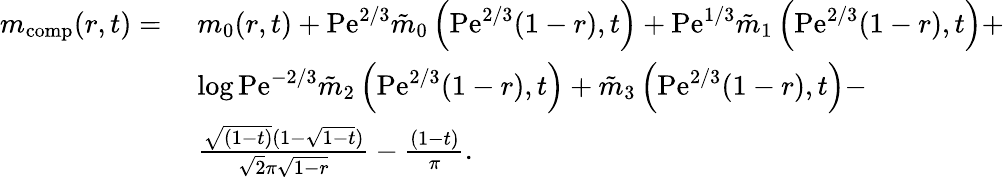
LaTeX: \begin{array}{rl}{m_{\mathrm{comp}}(r,t)=}&{\; m_{0}(r,t)+\mathrm{Pe}^{2/3}\tilde{m}_{0}\left(\mathrm{Pe}^{2/3}(1-r),t\right)+\mathrm{Pe}^{1/3}\tilde{m}_{1}\left(\mathrm{Pe}^{2/3}(1-r),t\right)+}\\ &{\; \log\mathrm{Pe}^{-2/3}\tilde{m}_{2}\left(\mathrm{Pe}^{2/3}(1-r),t\right)+\tilde{m}_{3}\left(\mathrm{Pe}^{2/3}(1-r),t\right)-}\\ &{\; \frac{\sqrt{(1-t)}(1-\sqrt{1-t})}{\sqrt{2}\pi\sqrt{1-r}}-\frac{(1-t)}{\pi}.}\end{array}